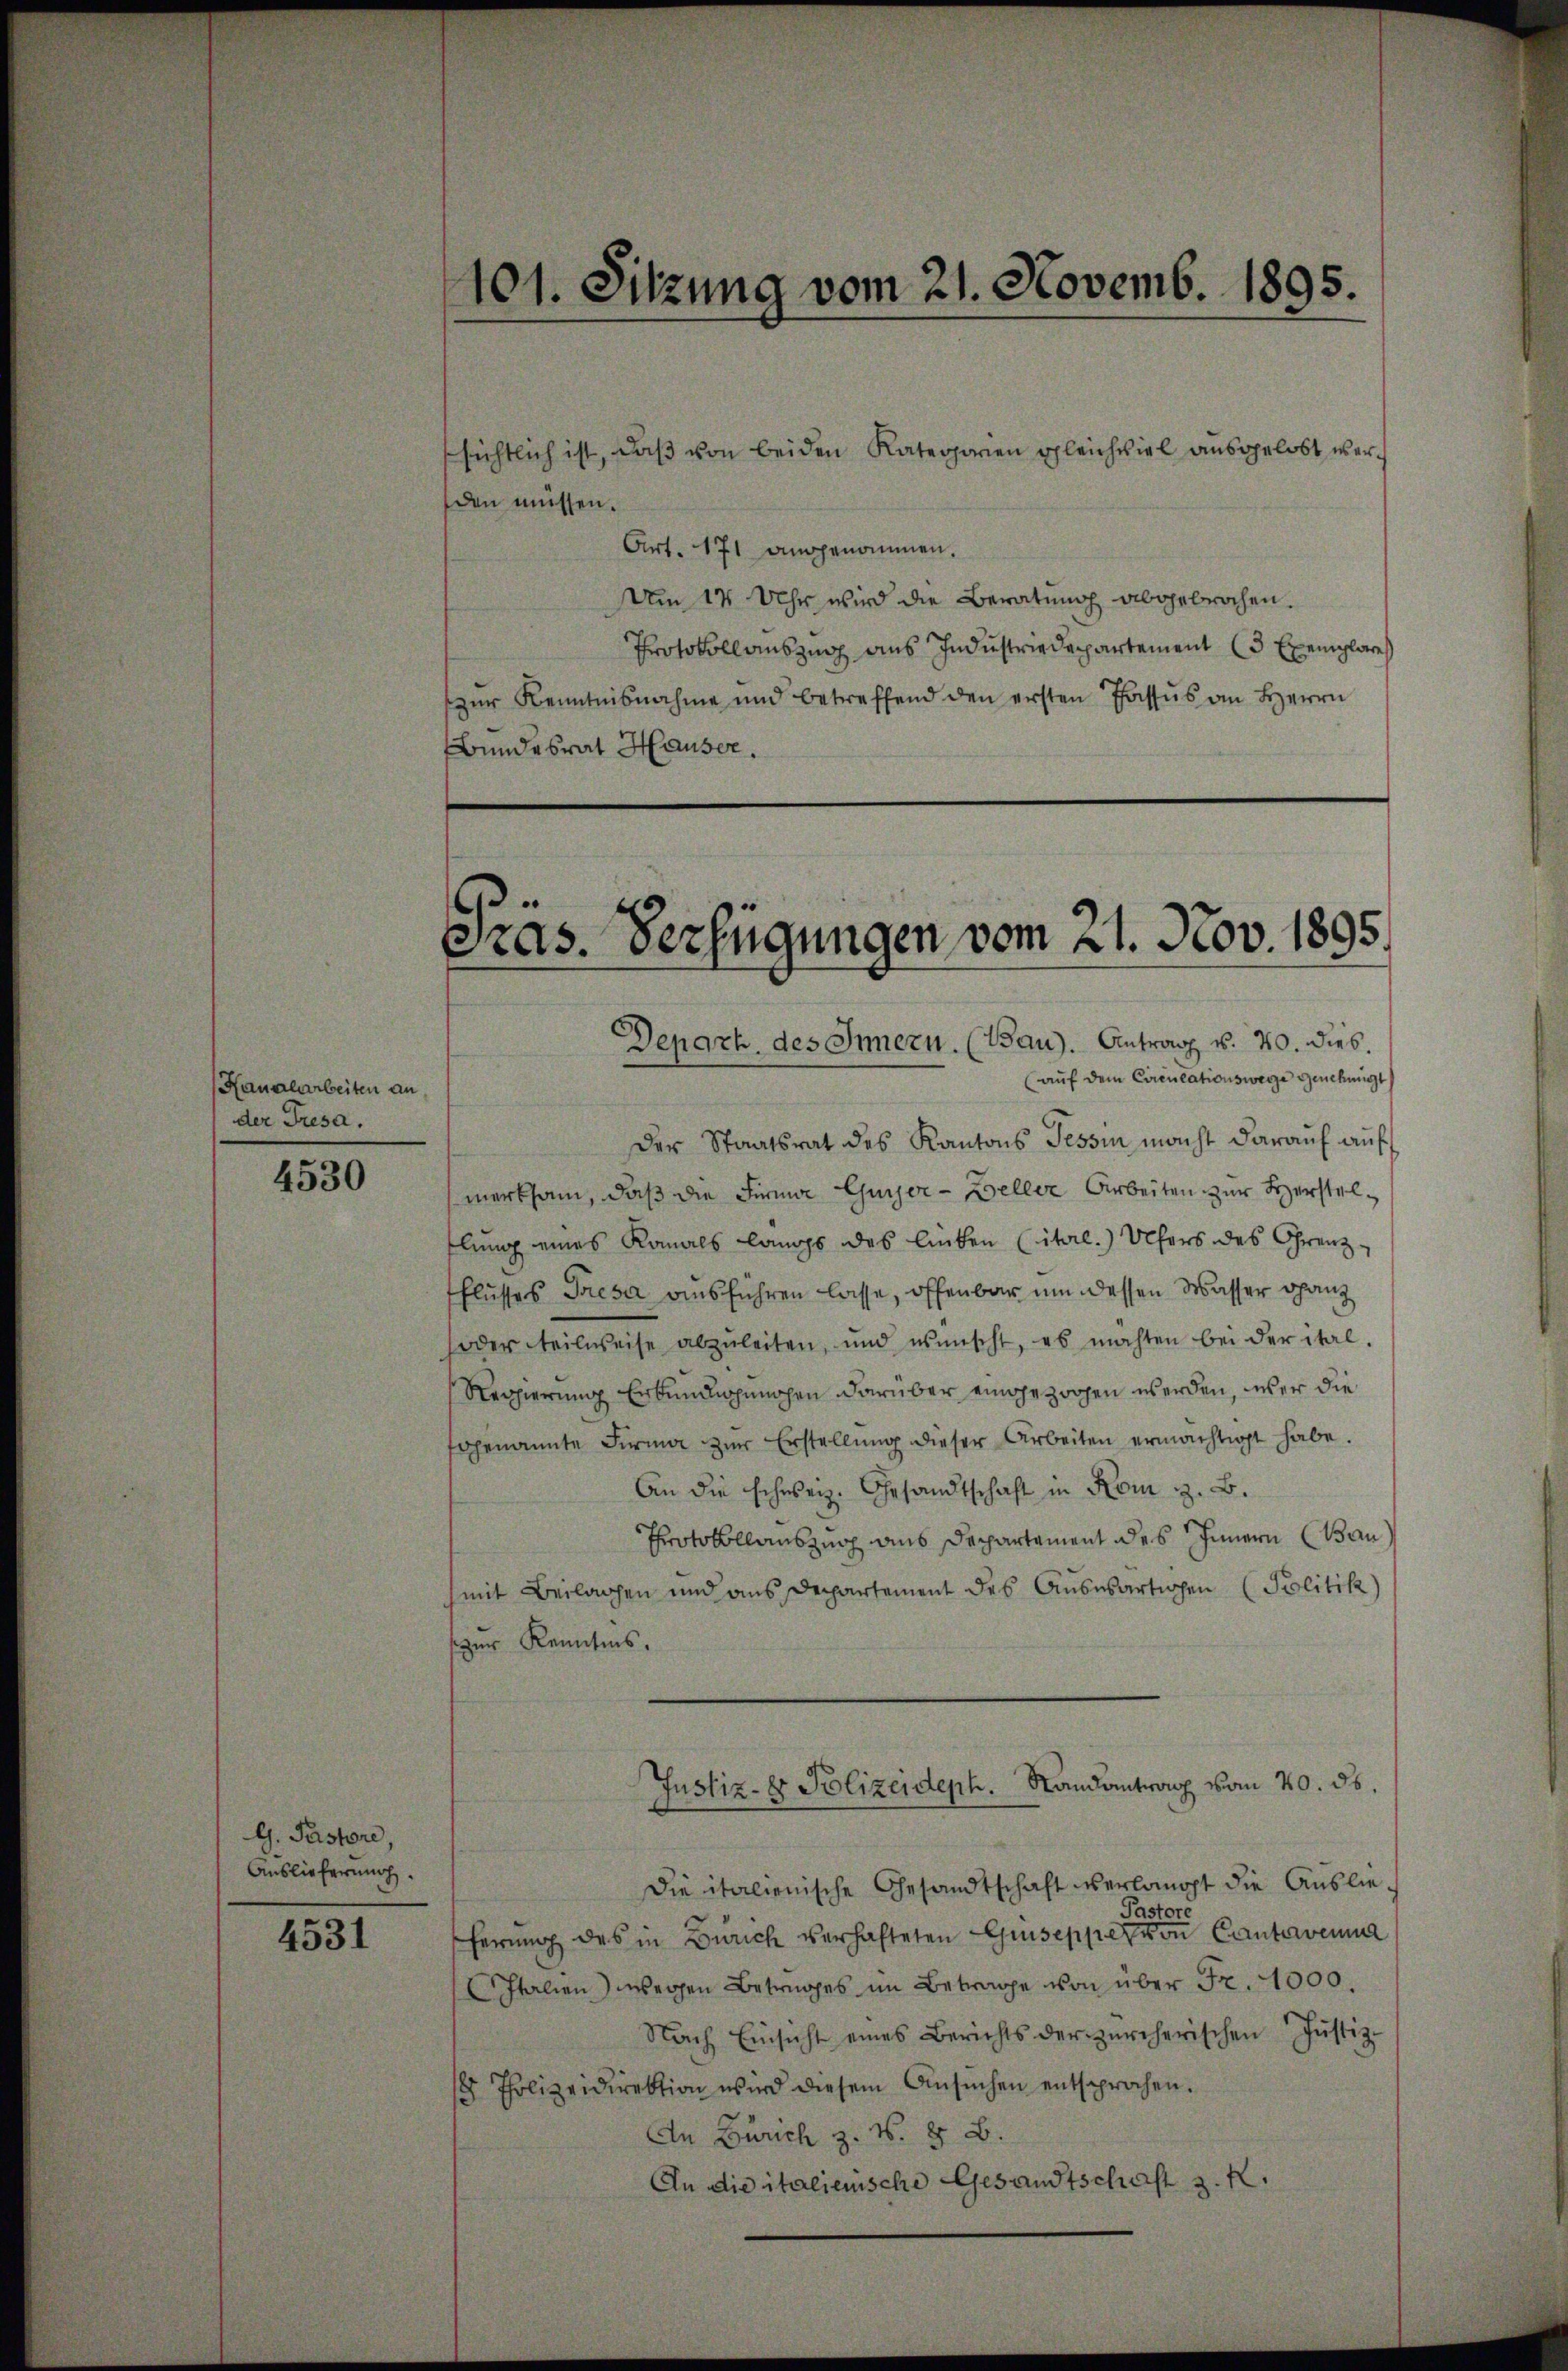
Kanalarbeiten an
der Tresa.

4530

G. Pastore,
Auslieferung

4531

101. Sitzung vom 21. Novemb. 1895.

sichtlich ist, daß von beiden Kategorien gleichviel ausgelöst werden müssen.
Art. 171 angenommen.
Um 12 Uhr wird die Beratung abgebrochen.
Protokoll aŭszŭg aŭs Indŭstriedepartement (3 Exemplare
zŭr Kenntnisnahme und betreffend den ersten Passus an Herrn
Bundesrat Hauser.

Pras. Verfügungen vom 21. Nov. 1895.

Depart des Innern. (Bau). Antrag v. 20. dieb.
aŭf dem Circulationswege genehmigt
Der Staatsrat des Kantons Tessin macht darauf auf
merksam, daß die Firma Gujer-Zelle Arbeiten zur Herstellung eines Romals langs des linken Citrl.) Ulhers des Grenz-
flusses Priesa ausführen lasse, offenbar um dessen Wasser ganz
foder teilweise abzuleiten, und wünscht, es möchten bei der ital-
Regierung Erkundigungen darüber eingezogen werden, wer die
fogenannte Firma zur Erstellung dieser Arbeiten ermächtigt habe.
An die schweiz. Gesandtschaft in Kom z. B.
Protokollauszug aus Departament des Innern (Bau
(mit Beilagen und ans Departement des Aŭswärtigen (Politik)
zur Kenntnis.
Justiz- & Polizeideph. Randantrag vom 20. ds.
Die italienische Gesandtschaft verlangt die Auslie¬
Pastore
herung des in Zürich verhafteten Giuseppe von Cantavenia
Italien) wegen Betrages im Betrage von über Fr. 1000.
Nach Einsicht eines Berichts der zürcherischen Justiz-
18 Polizeidirektion wird diesem Ansŭchen entsprochen.
An Zürich z. N. 8 B.
An die italienische Gesandtschaft z. R.